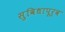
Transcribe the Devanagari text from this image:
सुविधापूर्व